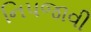
નિપજાવી